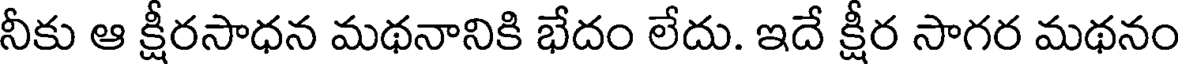
నీకు ఆ క్షీరసాధన మథనానికి భేదం లేదు. ఇదే క్షీర సాగర మథనం